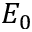
E _ { 0 }